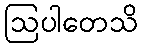
ဩပါတေသိ